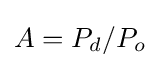
A=P_{d}/P_{o}